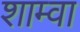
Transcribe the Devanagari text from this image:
शाम्वा